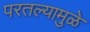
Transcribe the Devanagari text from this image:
परतल्यामुळे